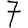
Digit: 7